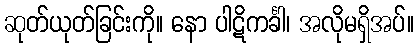
ဆုတ်ယုတ်ခြင်းကို။ နော ပါဋိကင်္ခါ၊ အလိုမရှိအပ်။